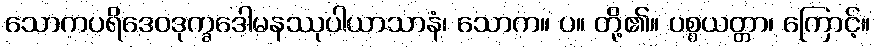
သောကပရိဒေဝဒုက္ခဒေါမနဿုပါယာသာနံ၊ သောက။ ပ။ တို့၏။ ပစ္စယတ္တာ၊ ကြောင့်။